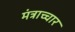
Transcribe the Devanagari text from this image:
मंत्राच्चार